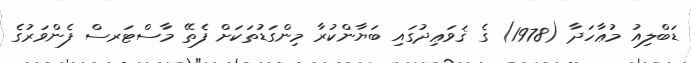
ޑަބްލިއު މުޢާހަދާ (1978) ގެ ޤަވަޢިދުގައި ބަޔާންކުރާ މިންގަޑުތަކަށް ފެތޭ މާސްޓަރސް ފެންވަރުގެ